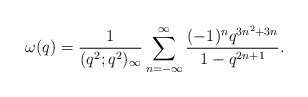
\begin{align*} \omega(q) = \frac{1}{(q^2;q^2)_\infty}\sum_{n=-\infty}^\infty\frac{(-1)^nq^{3n^2+3n}}{1-q^{2n+1}}.\end{align*}